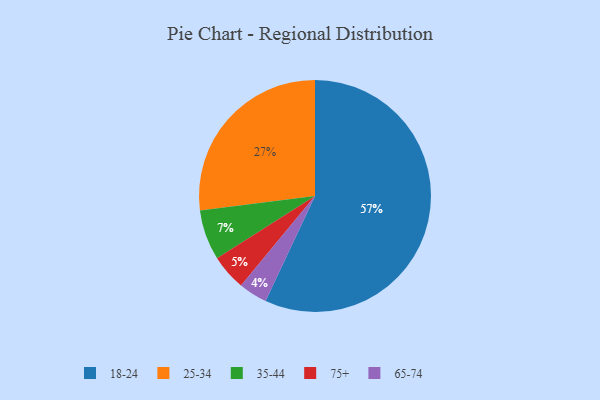
{"axis": {"x": "Category", "y": "Percentage"}, "legend": ["18-24", "25-34", "35-44", "65-74", "75+"], "data": [{"x": "18-24", "y": 57, "type": "18-24"}, {"x": "75+", "y": 5, "type": "75+"}, {"x": "65-74", "y": 4, "type": "65-74"}, {"x": "25-34", "y": 27, "type": "25-34"}, {"x": "35-44", "y": 7, "type": "35-44"}]}